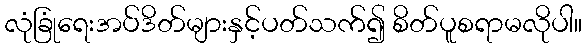
လုံခြုံရေးအပ်ဒိတ်များနှင့်ပတ်သက်၍ စိတ်ပူစရာမလိုပါ။